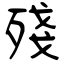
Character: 殘